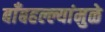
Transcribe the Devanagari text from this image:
बाँबहल्ल्यांमुळे